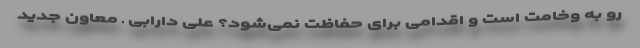
رو به وخامت است و اقدامی برای حفاظت نمی‌شود؟ علی دارابی ـ‌ معاون جدید